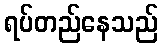
ရပ်တည်နေသည်